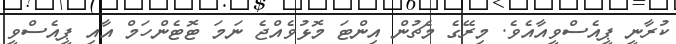
ކުރާނީ ޕީއެސްވީއާއެވެ. މިރޭގެ މެޗުން އިންޓަ މޮޅުވެއްޖެ ނަމަ ޓޮޓެންހަމް އާއި ޕީއެސްވީ